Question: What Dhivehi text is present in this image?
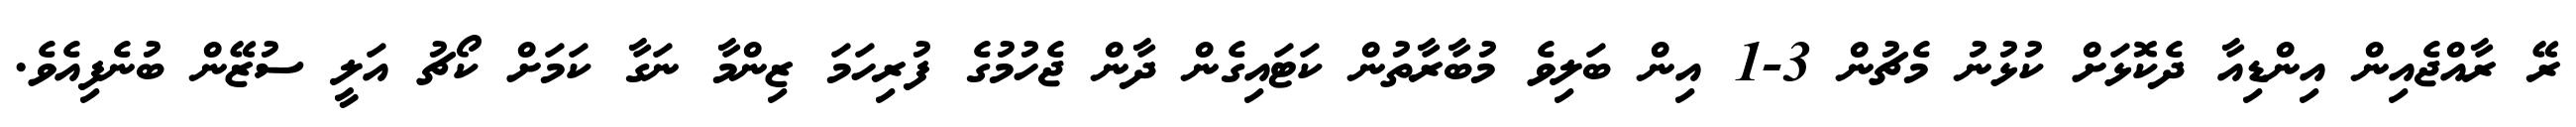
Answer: ރޭ ރާއްޖެއިން އިންޑިއާ ދެކޮޅަށް ކުޅުނު މެޗުން 3-1 އިން ބަލިވެ މުބާރާތުން ކަޓައިގެން ދާން ޖެހުމުގެ ފުރިހަމަ ޒިންމާ ނަގާ ކަމަށް ކޯޗު އަލީ ސުޒޭން ބުނެފިއެވެ.